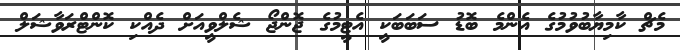
މެޗް ކާމިޔާބުވުމުގެ އެންމެ ބޮޑު ސަބަބަކީ އެޓީމުގެ ޖޮންޖޯ ޝެލްވީއަށް ދެއްކި ކޮންޓްރަވާޝަލް